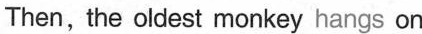
Then, the oldest monkey hangs on